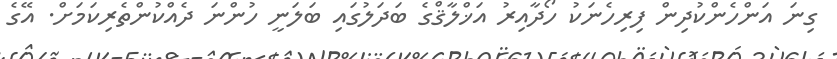
ގިނަ އަންހެންކުދިން ފިރިހެނަކު ހޯދާއިރު އަޚްލާޤްގެ ބަދަލުގައި ބަލަނީ ހުންނަ ދެއްކުންތެރިކަމަށް. އޭގެ